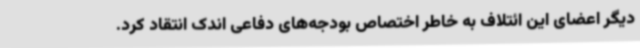
دیگر اعضای این ائتلاف به خاطر اختصاص بودجه‌های دفاعی اندک انتقاد کرد.